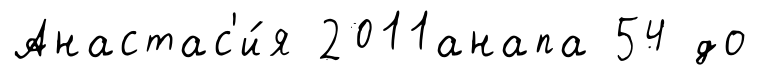
Анастас'и́я 2011анапа 54 до